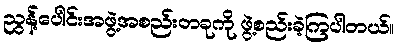
ညွန့်ပေါင်းအဖွဲ့အစည်းတခုကို ဖွဲ့စည်းခဲ့ကြပါတယ်။